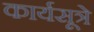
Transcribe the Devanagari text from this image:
कार्यसूत्रे